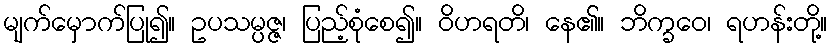
မျက်မှောက်ပြု၍။ ဥပသမ္ပဇ္ဇ၊ ပြည့်စုံစေ၍။ ဝိဟရတိ၊ နေ၏။ ဘိက္ခဝေ၊ ရဟန်းတို့။